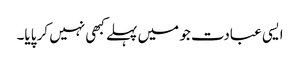
ایسی عبادت جو میں پہلے کبھی نہیں کر پایا۔